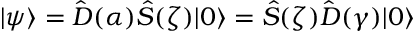
| \psi \rangle = \hat { D } ( \alpha ) \hat { S } ( \zeta ) | 0 \rangle = \hat { S } ( \zeta ) \hat { D } ( \gamma ) | 0 \rangle